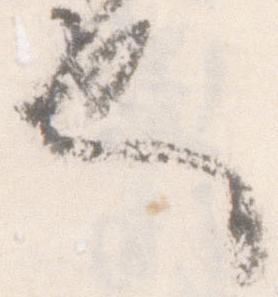
也